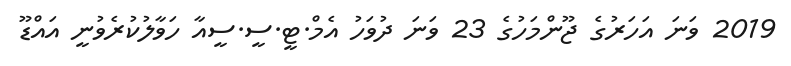
2019 ވަނަ އަހަރުގެ ޖޫންމަހުގެ 23 ވަނަ ދުވަހު އެމް.ޓީ.ސީ.ސީއާ ހަވާލުކުރެވުނީ އައްޑޫ